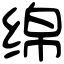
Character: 绵